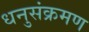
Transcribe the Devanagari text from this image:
धनुसंक्रमण